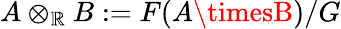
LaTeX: A\otimes_{\mathbb{R}}B:=F(A\timesB)/G